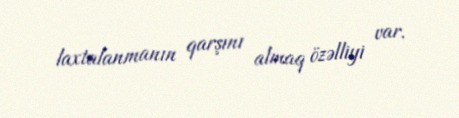
laxtalanmanın qarşını almaq özəlliyi var.